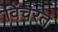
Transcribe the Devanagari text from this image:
विंचरत